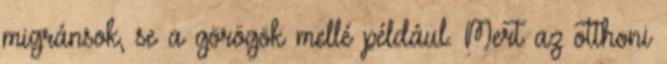
migránsok, se a görögök mellé például. Mert az otthoni